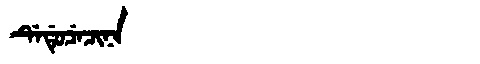
Manchu: ᡩᡝᡩᡠᠴᡝᠴᡳᠨᠠ
Romanization: DEDUCECINA